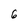
Character: 6